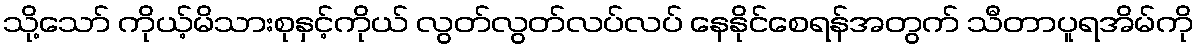
သို့သော် ကိုယ့်မိသားစုနှင့်ကိုယ် လွတ်လွတ်လပ်လပ် နေနိုင်စေရန်အတွက် သီတာပူရအိမ်ကို